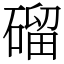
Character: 磂